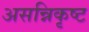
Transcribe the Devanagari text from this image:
असन्निकृष्ट